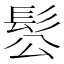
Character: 䯳